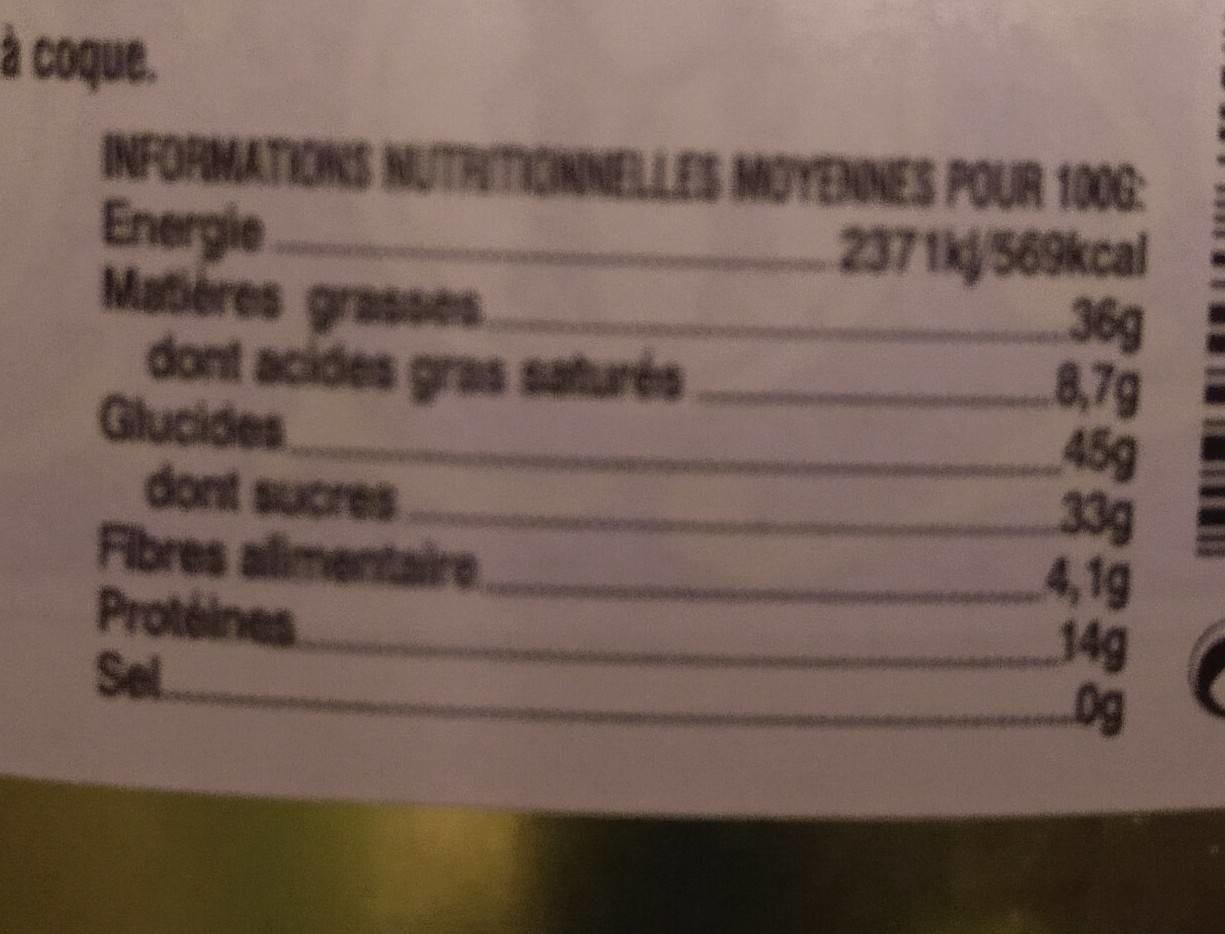
à coque. INFORMATIONS NUTRITIONNELLES MOYENNES POUR 100G: Energie Matieres grasses dont acides gras saturés Glucides dont sucres Fibres alimentaire Proteines Sel
2371k 569kcal 36g 8,7g 45g 33g 4,1g J4g 0g